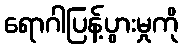
ရောဂါပြန့်ပွားမှုကို